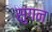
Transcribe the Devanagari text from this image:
सुगन